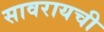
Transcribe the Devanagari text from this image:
सावरायची